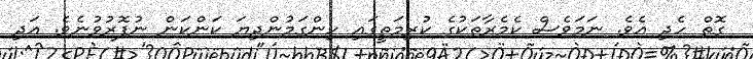
ގޮތް ހެދި އެވެ. ނަމަވެސް ކެމެރާތަކުގެ ކުރިމަތީގައި ހިންގަމުންދިޔަ ކަންކަން ނުފޮރުވުނެވެ. އަދި